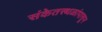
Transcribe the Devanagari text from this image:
संकेतस्थळांपासून